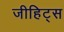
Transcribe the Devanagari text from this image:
जीहिट्स